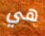
هي